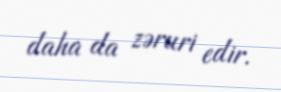
daha da zəruri edir.